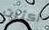
أكثرت